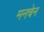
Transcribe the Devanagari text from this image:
मनचेन